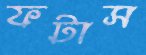
ফটাস